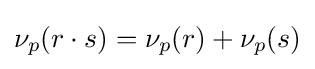
\nu _{p}(r\cdot s)=\nu _{p}(r)+\nu _{p}(s)